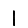
Digit: 1